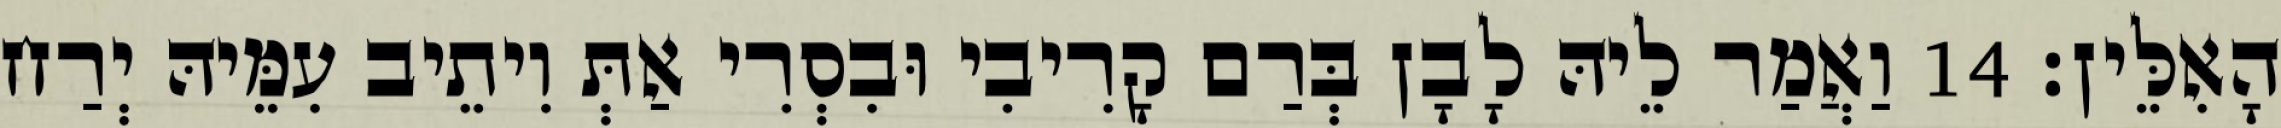
הָאִלֵּין׃ 14 וַאֲמַר לֵיהּ לָבָן בְּרַם קָרִיבִי וּבִסְרִי אַתְּ וִיתֵיב עִמֵּיהּ יְרַח